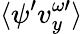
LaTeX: \langle\psi^{\prime}v_{y}^{\omega\prime}\rangle